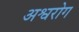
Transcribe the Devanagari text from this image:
अश्वरोग